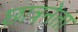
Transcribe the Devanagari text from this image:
छात्रनेता